Subject: physics
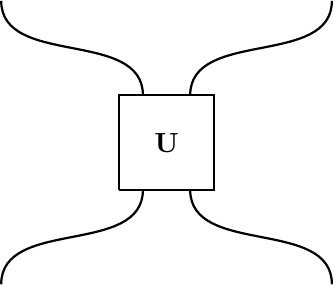
LaTeX code:
    \begin{tikzpicture}[scale=0.6]

    \draw[thick] (-1,-1) -- (-1,1) -- (1,1) -- (1,-1) -- (-1,-1);

    \draw[thick] (-3.5,-3) to [out=90,in=-90] (-0.5,-1);
    \draw[thick] (3.5,-3) to [out=90,in=-90] (0.5,-1);

    \draw[thick] (0.5,1) to [out=90,in=-90] (3.5,3);
    \draw[thick] (-0.5,1) to [out=90,in=-90] (-3.5,3);

    \node at (0,0) {$\mathbf{U}$};

    \node at (0,-5) {$ $};

    \end{tikzpicture}